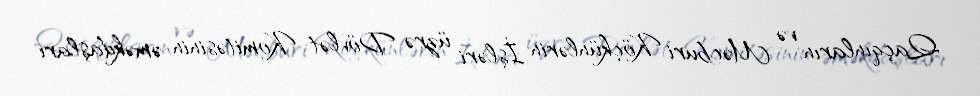
Qaçqınların və Məcburi Köçkünlərin İşləri üzrə Dövlət Komitəsinin əməkdaşları